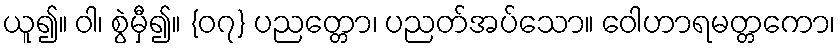
ယူ၍။ ဝါ၊ စွဲမှီ၍။ {၀၇} ပညတ္တော၊ ပညတ်အပ်သော။ ဝေါဟာရမတ္တကော၊